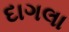
દાગલા